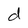
Character: d